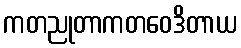
ကတညုတာကတဝေဒိတာယ